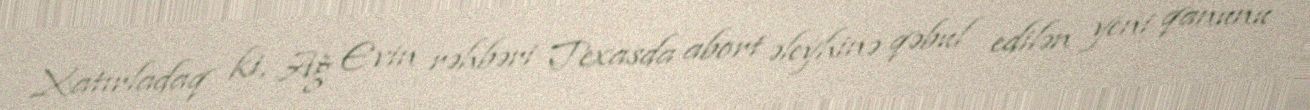
Xatırladaq ki, Ağ Evin rəhbəri Texasda abort əleyhinə qəbul edilən yeni qanunu